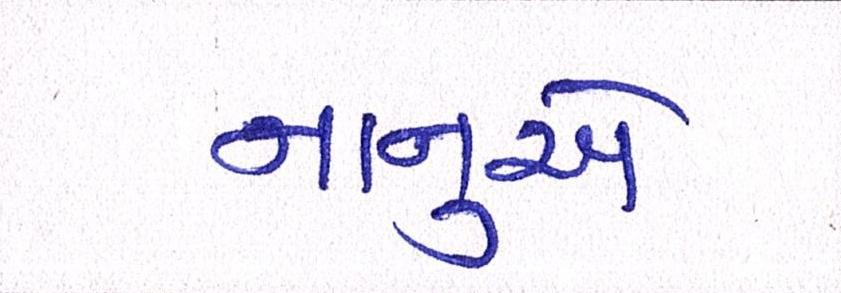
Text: નાનુએ